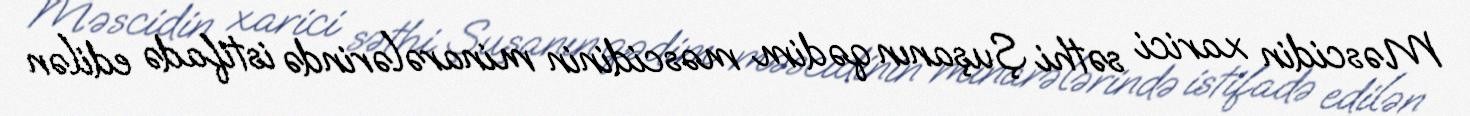
Məscidin xarici səthi Şuşanın qədim məscidinin minarələrində istifadə edilən